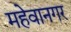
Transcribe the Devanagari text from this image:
महेवानगर